Report of an investigation of the epidemic of malarial fever in Assam, or, kala-azar
Disease focus: Malaria
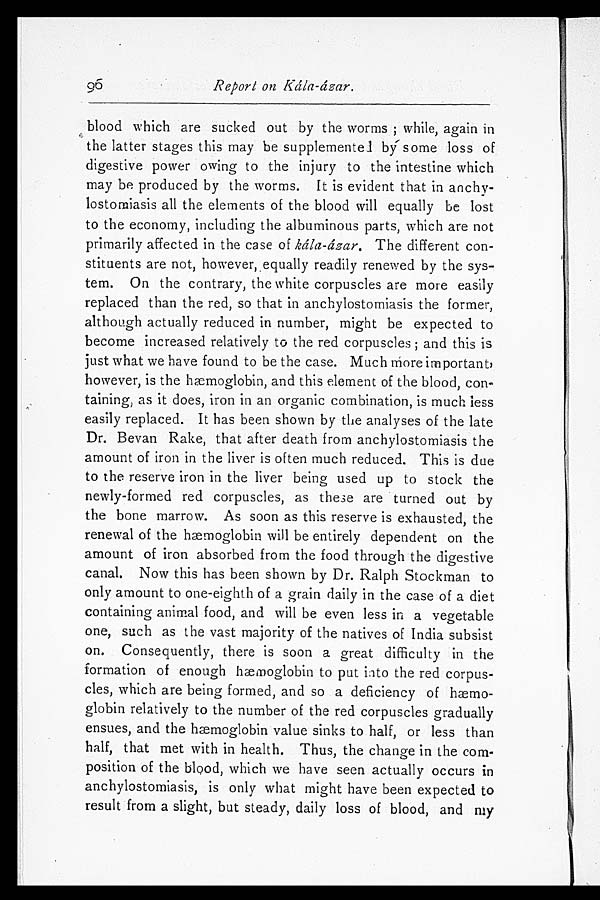
96
Report on Kála-ázar.
blood which are sucked out by the worms; while, again in
the latter stages this may be supplementel bý some loss of
digestive power owing to the injury to the intestine which
may be produced by the worms. It is evident that in anch
y - l o s t o m i a s i s a l l t h e e l e m e n t s o f t h e b l o o d w i l l e q u a l l y b e l o s t
to the economy, including the albuminous parts, which are not
primarily affected in the case of kála-ázar. The different con
-stituents are not, however, equally readily renewed by the sys
- t e m . O n t h e c o n t r a r y , t h e w h i t e c o r p u s c l e s a r e m o r e e a s i l y
replaced than the red, so that in anchylostomiasis the former,
although actually reduced in number, might be expected to
become increased relatively to the red corpuscles; and this is
just what we have found to be the case. Much more important,
however, is the hæmoglobin, and this element of the blood, con
- t a i n i n g , a s i t d o e s , i r o n i n a n o r g a n i c c o m b i n a t i o n , i s m u c h l e s s
easily replaced. It has been shown by the analyses of the late
Dr. Bevan Rake, that after death from anchylostomiasis the
amount of iron in the liver is often much reduced. This is due
to the reserve iron in the liver being used up to stock the
newly-formed red corpuscles, as these are turned out by
the bone marrow. As soon as this reserve is exhausted, the
renewal of the hæmoglobin will be entirely dependent on the
amount of iron absorbed from the food through the digestive
canal. Now this has been shown by Dr. Ralph Stockman to
only amount to one-eighth of a grain daily in the case of a diet
containing animal food, and will be even less in a vegetable
one, such as the vast majority of the natives of India subsist
on. Consequently, there is soon a great difficulty in the
formation of enough hæmoglobin to put into the red corpus
-cles, which are being formed, and so a deficiency of hæmo
-globin relatively to the number of the red corpuscles gradually
ensues, and the hæmoglobin value sinks to half, or less than
half, that met with in health. Thus, the change in the com
-position of the blood, which we have seen actually occurs in
anchylostomiasis, is only what might have been expected to
result from a slight, but steady, daily loss of blood, and my